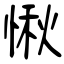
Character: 愀